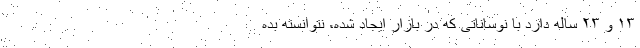
۱۳ و ۲۳ ساله دارد با نوساناتی که در بازار ایجاد شده، نتوانسته بده